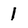
Character: 1